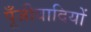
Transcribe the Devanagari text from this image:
पूँजीवादियों